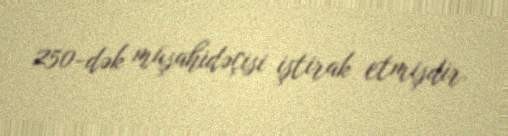
250-dək müşahidəçisi iştirak etmişdir.